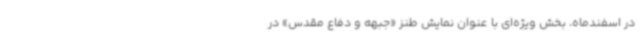
در اسفندماه، بخش ویژه‌ای با عنوان نمایش طنز «جبهه و دفاع مقدس» در